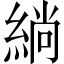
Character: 緔